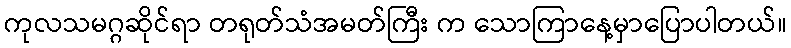
ကုလသမဂ္ဂဆိုင်ရာ တရုတ်သံအမတ်ကြီး က သောကြာနေ့မှာပြောပါတယ်။